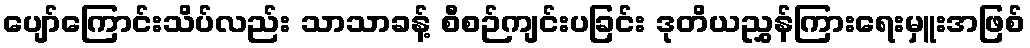
ပျော်ကြောင်းသိပ်လည်း သာသာခန့် စီစဉ်ကျင်းပခြင်း ဒုတိယညွှန်ကြားရေးမှူးအဖြစ်